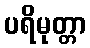
ပရိမုတ္တာ